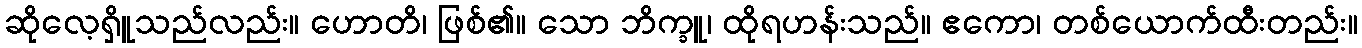
ဆိုလေ့ရှိူသည်လည်း။ ဟောတိ၊ ဖြစ်၏။ သော ဘိက္ခူ၊ ထိုရဟန်းသည်။ ဧကော၊ တစ်ယောက်ထီးတည်း။